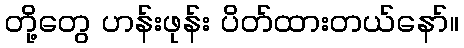
တို့တွေ ဟန်းဖုန်း ပိတ်ထားတယ်နော်။